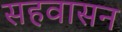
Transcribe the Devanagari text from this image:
सहवासन